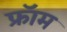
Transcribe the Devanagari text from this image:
फ्राॅम